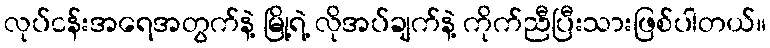
လုပ်ငန်းအရေအတွက်နဲ့ မြို့ရဲ့ လိုအပ်ချက်နဲ့ ကိုက်ညီပြီးသားဖြစ်ပါတယ်။